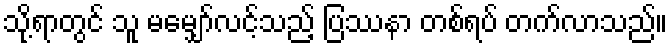
သို့ရာတွင် သူ မမျှော်လင့်သည့် ပြဿနာ တစ်ရပ် တက်လာသည်။